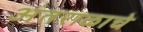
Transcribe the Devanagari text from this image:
अंतराळाचे